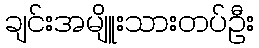
ချင်းအမျိူးသားတပ်ဦး